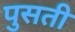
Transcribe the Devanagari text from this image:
पुसती